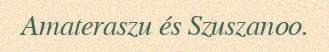
Amateraszu és Szuszanoo.